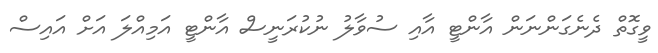
ވީގޮތް ދެނެގަންނަން އާންޓީ އާއި ސުވާލު ނުކުރަނީސް އާންޓީ އަމިއްލަ އަށް އައިސް